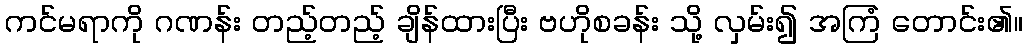
ကင်မရာကို ဂဏန်း တည့်တည့် ချိန်ထားပြီး ဗဟိုစခန်း သို့ လှမ်း၍ အကြံ တောင်း၏။